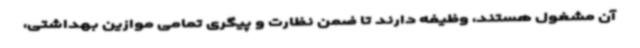
آن مشغول هستند، وظیفه دارند تا ضمن نظارت و پیگری تمامی موازین بهداشتی،